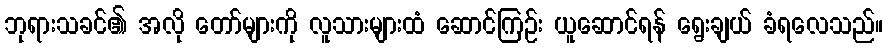
ဘုရားသခင်၏ အလို တော်များကို လူသားများထံ ဆောင်ကြဉ်း ယူဆောင်ရန် ရွေးချယ် ခံရလေသည်။